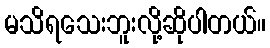
မသိရသေးဘူးလို့ဆိုပါတယ်။